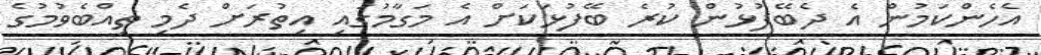
އެހެންކަމުން އެ ދެބޭފުޅުން ކުރެ ބޭފުޅަކަށް އެ މަގާމުގައި އިތުރަށް ދެމި ތިއްބެވުމުގެ